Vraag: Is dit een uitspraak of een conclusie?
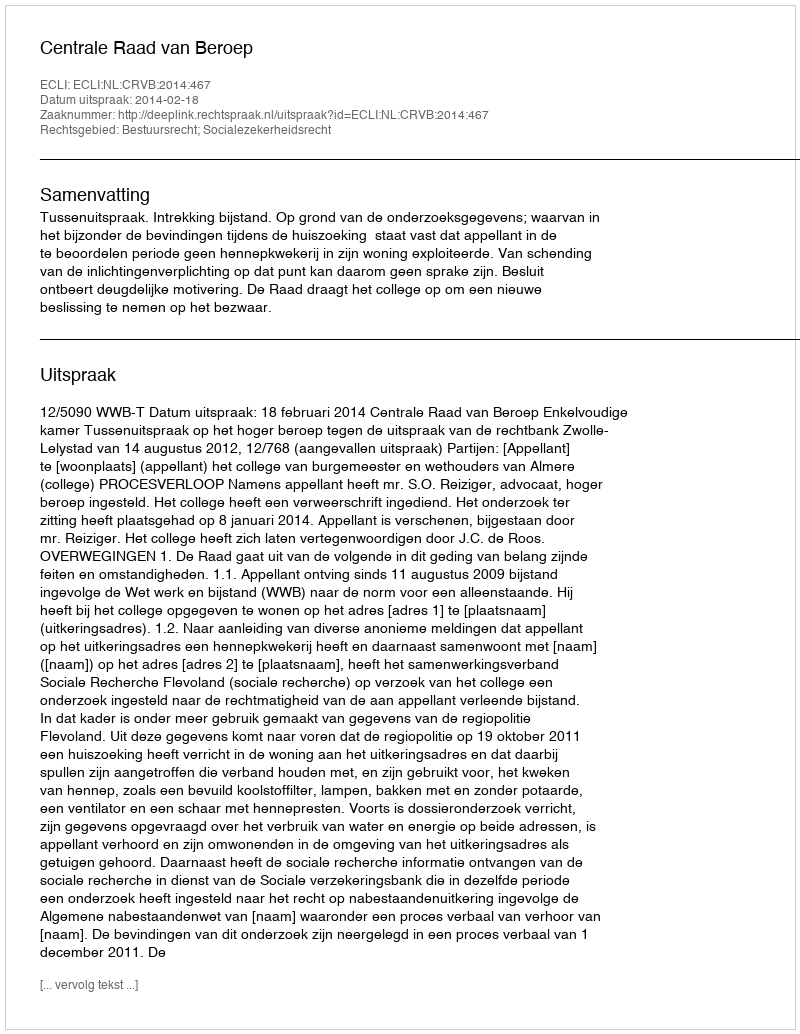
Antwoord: Uitspraak